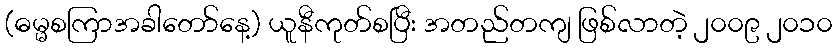
(ဓမ္မစကြာအခါတော်နေ့) ယူနီကုတ်စပြီး အတည်တကျ ဖြစ်လာတဲ့ ၂၀၀၉ ၂၀၁၀